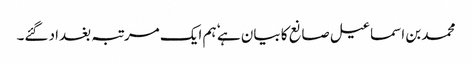
محمد بن اسماعیل صانع کا بیان ہے ٗ ہم ایک مرتبہ بغداد گئے۔